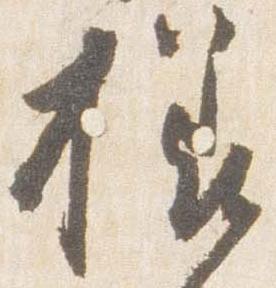
様